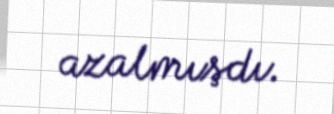
azalmışdı.